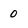
Character: 0